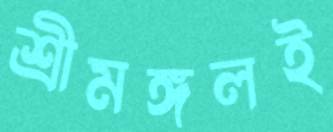
শ্রীমঙ্গলই